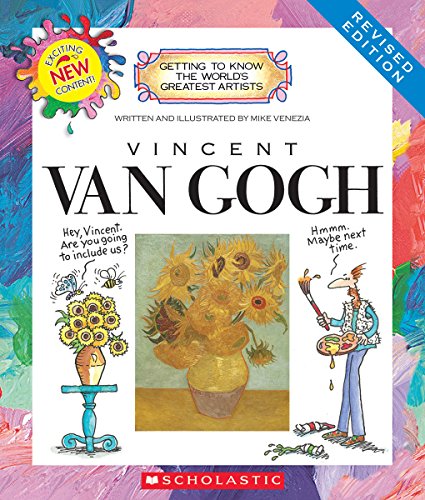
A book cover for Vincent Van Gogh (Getting to Know the World's Greatest Artists); Mike Venezia; Children's Books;